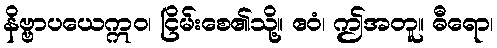
နိဗ္ဗာပယေဣဝ၊ ငြိမ်းစေ၏သို့။ ဧဝံ၊ ဤအတူ။ ဓီရော၊